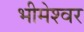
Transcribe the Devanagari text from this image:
भीमेश्‍वर